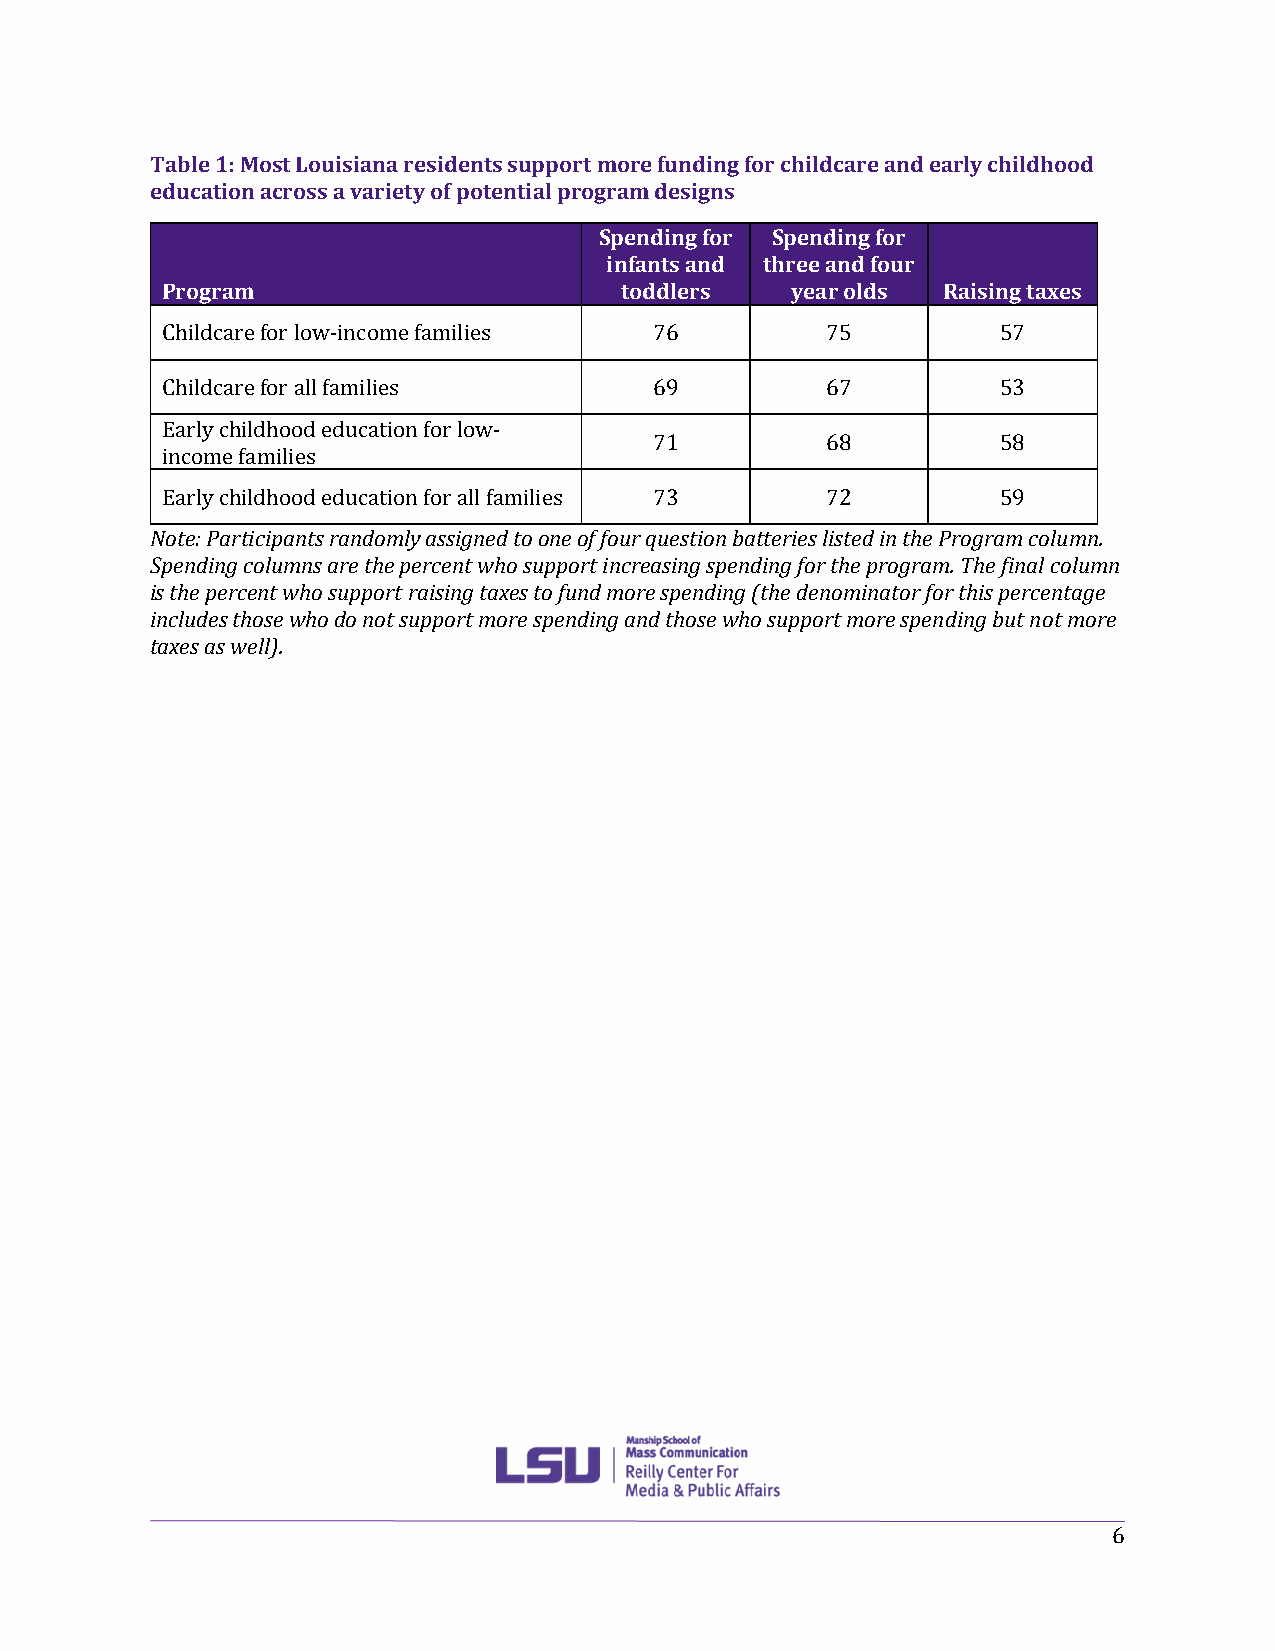
Table 1: Most Louisiana residents support more funding for childcare and early childhood
 education across a variety of potential program designs
 Spending for Spending for
 infants and three and four
 Program                       toddlers   year olds Raising taxes
 Childcare for low-income families 76        75         57
 Childcare for all families      69          67         53
 Early childhood education for low-
 71          68         58
 income families
 Early childhood education for all families 73 72       59
 Note: Participants randomly assigned to one of four question batteries listed in the Program column.
 Spending columns are the percent who support increasing spending for the program. The final column
 is the percent who support raising taxes to fund more spending (the denominator for this percentage
 includes those who do not support more spending and those who support more spending but not more
 taxes as well).
 6